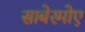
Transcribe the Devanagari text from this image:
साबेरमोए